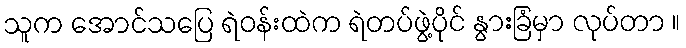
သူက အောင်သပြေ ရဲဝန်းထဲက ရဲတပ်ဖွဲ့ပိုင် နွားခြံမှာ လုပ်တာ ။